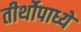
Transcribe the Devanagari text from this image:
तीर्थोपाध्ये